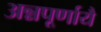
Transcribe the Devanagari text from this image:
अन्नपूर्णायै